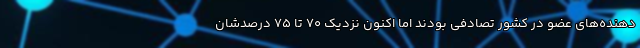
دهنده‌های عضو در کشور تصادفی بودند ‌اما اکنون نزدیک ۷۰ تا ۷۵ درصدشان